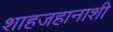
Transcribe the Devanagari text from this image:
शाहजहानाशी